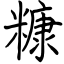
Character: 糠